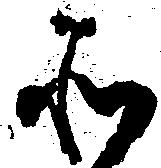
そ